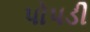
પોપડી